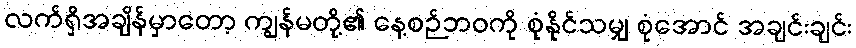
လက်ရှိအချိန်မှာတော့ ကျွန်မတို့၏ နေ့စဉ်ဘဝကို စုံနိုင်သမျှ စုံအောင် အချင်းချင်း